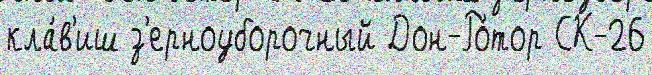
кла́в'иш з'ерноуборочный Дон-Ро́тор СК-26